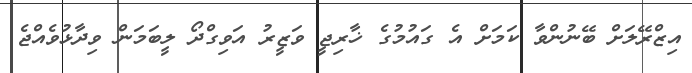
އިޒްރޭލަށް ބޭނުންވާ ކަމަށް އެ ގައުމުގެ ޚާރިޖީ ވަޒީރު އަވިގްދޯ ލީބަމަން ވިދާޅުވެއްޖެ